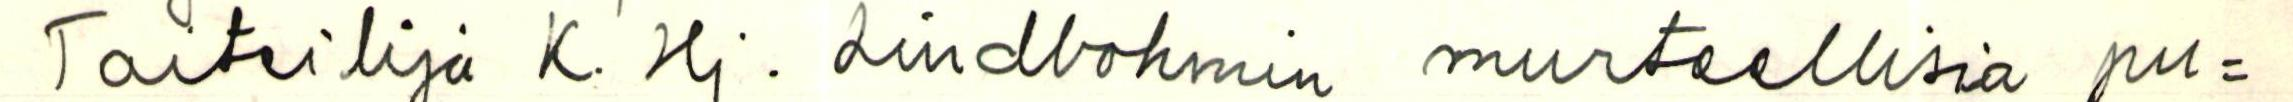
Taiteilija K. Hj. Lindbohmin murteellisia pu=